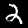
Label: 2